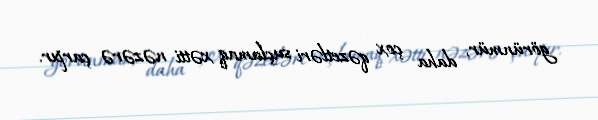
görünmür, daha çox qəzetləri suçlamaq xətti nəzərə çarpır.